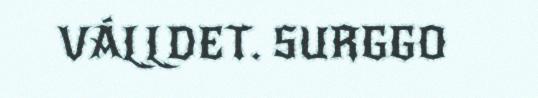
VÁLLDET. SURGGO